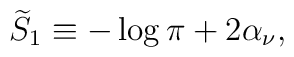
{\widetilde S}_{1} \equiv -\log \pi +2 \alpha_{\nu},